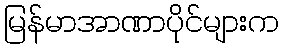
မြန်မာအာဏာပိုင်များက